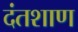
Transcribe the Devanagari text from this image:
दंतशाण